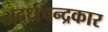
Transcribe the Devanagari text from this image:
अर्द्धचन्द्रकार